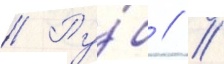
// Ру́б // /